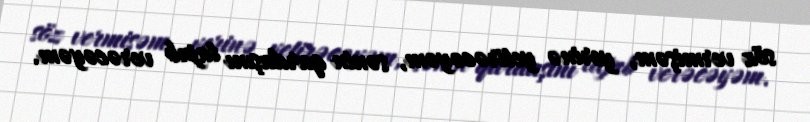
söz vermişəm, yerinə yetirəcəyəm, sənin qardaşını tapıb verəcəyəm.